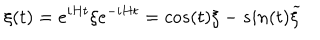
LaTeX: \xi ( t ) = e ^ { i H t } \xi e ^ { - i H t } = c o s ( t ) \xi - s i n ( t ) { \widetilde \xi }